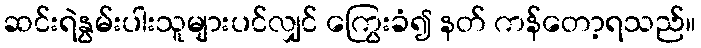
ဆင်းရဲနွမ်းပါးသူများပင်လျှင် ကြွေးခံ၍ နတ် ကန်တော့ရသည်။